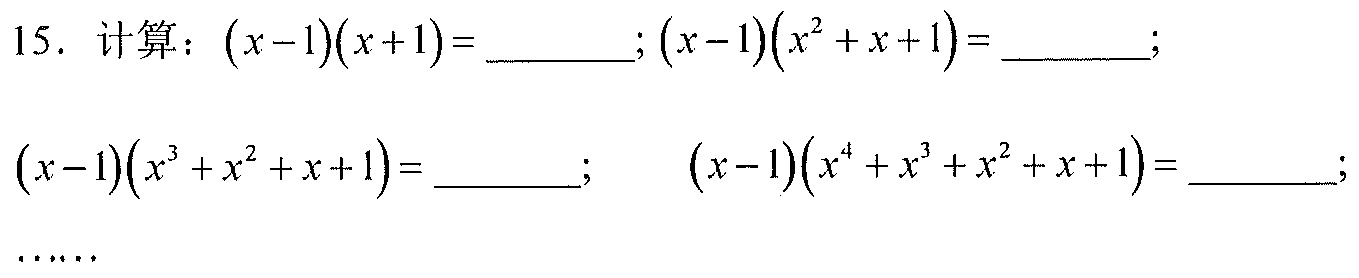
15. 计算：\((x - 1)(x + 1)=\)_______;\((x - 1)(x^{2}+x + 1)=\)_______;
\((x - 1)(x^{3}+x^{2}+x + 1)=\)_______; \((x - 1)(x^{4}+x^{3}+x^{2}+x + 1)=\)_______;
\(\cdots\cdots\)